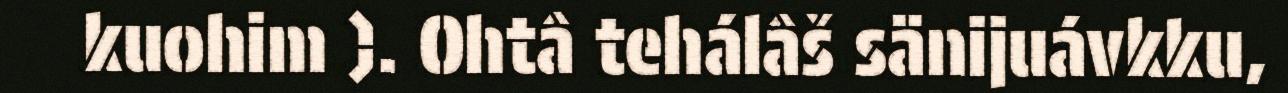
kuohim ). Ohtâ tehálâš sänijuávkku,